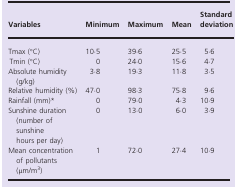
| Variables | Minimum | Maximum | Mean | Standard deviation |
 | --- | --- | --- | --- | --- |
 | Tmax (°C) | 10·5 | 39·6 | 25·5 | 5·6 |
 | Tmin (°C) | 0 | 24·0 | 15·6 | 4·7 |
 | Absolute humidity (g/kg) | 3·8 | 19·3 | 11·8 | 3·5 |
 | Relative humidity (%) | 47·0 | 98·3 | 75·8 | 9·6 |
 | Rainfall (mm)* | 0 | 79·0 | 4·3 | 10·9 |
 | Sunshine duration (number of sunshine hours per day) | 0 | 13·0 | 6·0 | 3·9 |
 | Mean concentration of pollutants (μm/m3) | 1 | 72·0 | 27·4 | 10·9 |